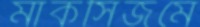
মার্কসিজমে